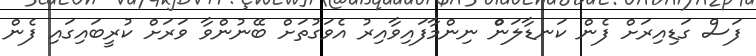
ފަސް ގަޑިއިރަށް ފެން ކަނޑާލަންް ނިންމާފައިވާއިރު އެވަގުތަށް ބޭނުންވާ ވަރަށް ކުރީބައިގައި ފެން